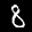
Label: 8